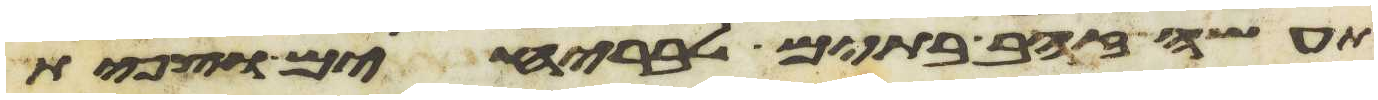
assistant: תעשה זהב בתים לבריחים וצפית